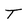
Character: T